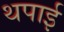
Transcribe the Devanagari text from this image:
थपाई